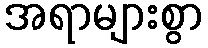
အရာများစွာ